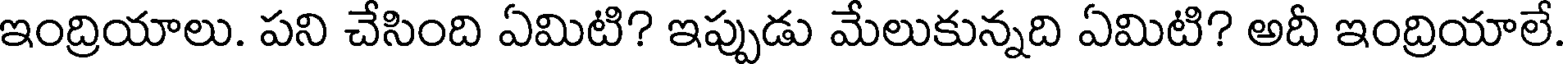
ఇంద్రియాలు. పని చేసింది ఏమిటి? ఇప్పుడు మేలుకున్నది ఏమిటి? అదీ ఇంద్రియాలే